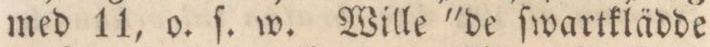
med 11, o. ſ. w. Wille 'de ſwartklädde